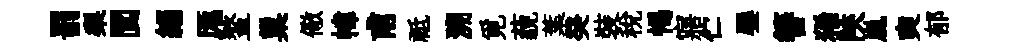
罰梨閬緇厖鳌巢儆幃甫祗溯覓藐葉癸裝税愒寤伫饜簮狶陝嵐奭郁